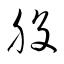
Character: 股